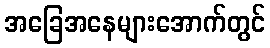
အခြေအနေများအောက်တွင်